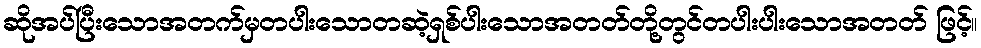
ဆိုအပ်ပြီးသောအတက်မှတပါးသောတဆဲ့ရှစ်ပါးသောအတတ်တို့တွင်တပါးပါးသောအတတ် ဖြင့်။